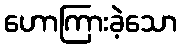
ဟောကြားခဲ့သော